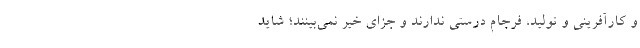
و کارآفرینی و تولید، فرجام درستی ندارند و جزای خیر نمی‌بینند؛ شاید